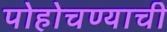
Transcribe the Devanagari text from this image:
पोहोचण्याची